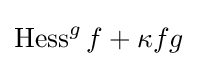
\operatorname {Hess} ^{g}f+\kappa fg